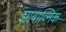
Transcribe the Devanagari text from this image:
झाबाव्निक